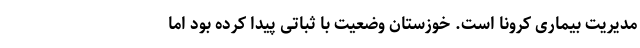
مدیریت بیماری کرونا است. خوزستان وضعیت با ثباتی پیدا کرده بود اما